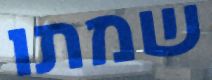
שמתו